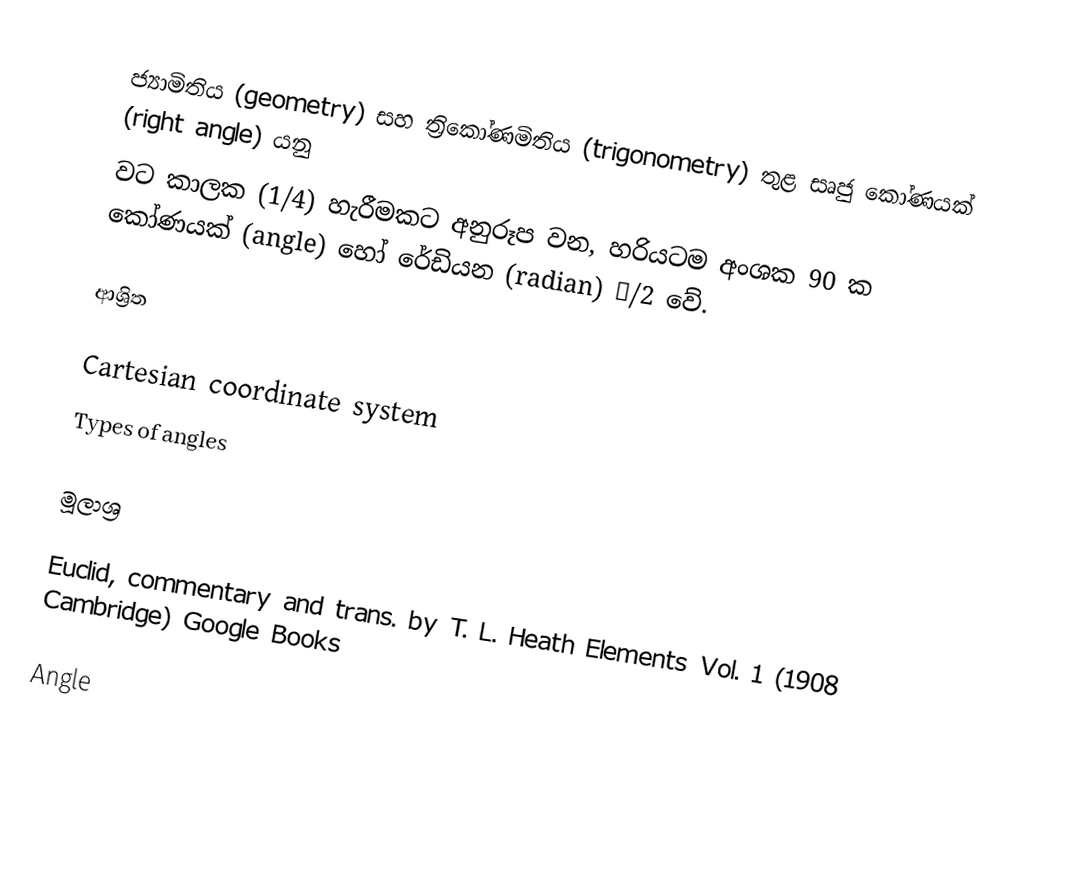
ජ්‍යාමිතිය (geometry) සහ ත්‍රිකෝණමිතිය (trigonometry) තුළ සෘජු කෝණයක් (right angle) යනු
වට කාලක (1/4) හැරීමකට අනුරූප වන, හරියටම අංශක 90 ක කෝණයක් (angle) හෝ රේඩියන (radian) π/2 වේ.

ආශ්‍රිත

Cartesian coordinate system
Types of angles

මූලාශ්‍ර

Euclid, commentary and trans. by T. L. Heath Elements Vol. 1 (1908 Cambridge) Google Books

Angle